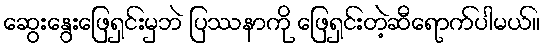
ဆွေးနွေးဖြေရှင်းမှဘဲ ပြဿနာကို ဖြေရှင်းတဲ့ဆီရောက်ပါမယ်။